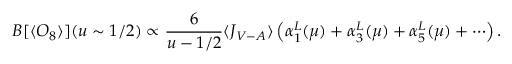
B [ \langle { \cal O } _ { 8 } \rangle ] ( u \sim 1 / 2 ) \propto \frac { 6 } { u - 1 / 2 } \langle J _ { V - A } \rangle \left( \alpha _ { 1 } ^ { L } ( \mu ) + \alpha _ { 3 } ^ { L } ( \mu ) + \alpha _ { 5 } ^ { L } ( \mu ) + \cdots \right) .